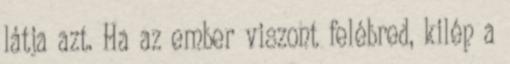
látja azt. Ha az ember viszont felébred, kilép a